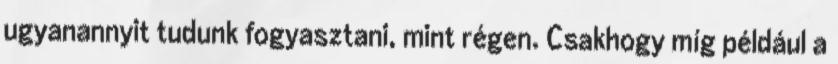
ugyanannyit tudunk fogyasztani, mint régen. Csakhogy míg például a